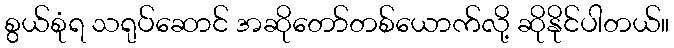
စွယ်စုံရ သရုပ်ဆောင် အဆိုတော်တစ်ယောက်လို့ ဆိုနိုင်ပါတယ်။